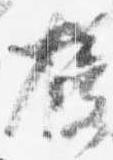
授